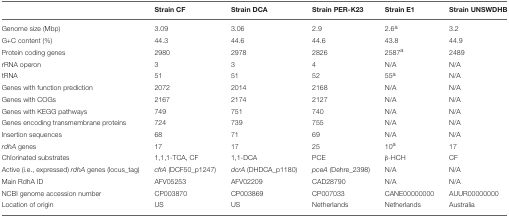
|  | Strain CF | Strain DCA | Strain PER-K23 | Strain E1 | Strain UNSWDHB |
 | --- | --- | --- | --- | --- | --- |
 | Genome size (Mbp) | 3.09 | 3.06 | 2.9 | 2.6a | 3.2 |
 | G+C content (%) | 44.3 | 44.6 | 44.6 | 43.8 | 44.9 |
 | Protein coding genes | 2980 | 2978 | 2826 | 2587a | 2489 |
 | rRNA operon | 3 | 3 | 4 | N/A | N/A |
 | tRNA | 51 | 51 | 52 | 55a | N/A |
 | Genes with function prediction | 2072 | 2014 | 2168 | N/A | N/A |
 | Genes with COGs | 2167 | 2174 | 2127 | N/A | N/A |
 | Genes with KEGG pathways | 749 | 751 | 740 | N/A | N/A |
 | Genes encoding transmembrane proteins | 724 | 739 | 755 | N/A | N/A |
 | Insertion sequences | 68 | 71 | 69 | N/A | N/A |
 | rdhA genes | 17 | 17 | 25 | 10a | 17 |
 | Chlorinated substrates | 1,1,1-TCA, CF | 1,1-DCA | PCE | β-HCH | CF |
 | Active (i.e., expressed) rdhA genes (locus_tag) | cfrA (DCF50_p1247) | dcrA (DHDCA_p1180) | pceA (Dehre_2398) | N/A | N/A |
 | Main RdhA ID | AFV05253 | AFV02209 | CAD28790 | N/A | N/A |
 | NCBI genome accession number | CP003870 | CP003869 | CP007033 | CANE00000000 | AUUR00000000 |
 | Location of origin | US | US | Netherlands | Netherlands | Australia |